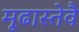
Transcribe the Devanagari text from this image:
मूढास्तेवै